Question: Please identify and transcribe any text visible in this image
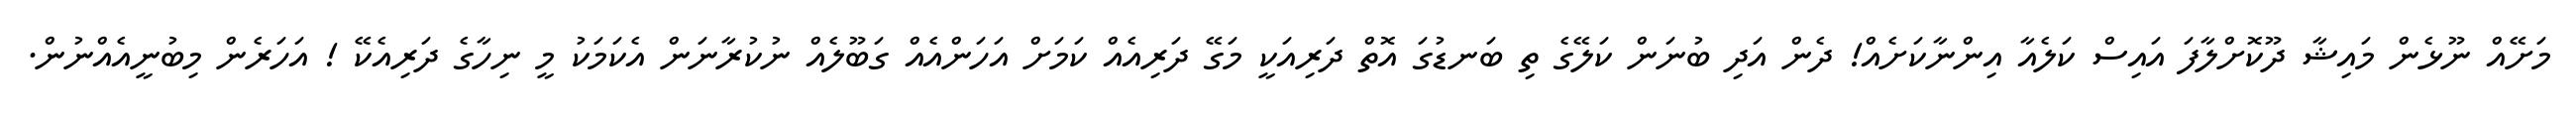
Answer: މަށޭއް ނޫޅެން މައިޝާ ދޫކޮށްލާފަ އައިސް ކަލެއާ އިންނާކަށެއް! ދެން އަދި ބުނަން ކަލޭގެ ތި ބަނޑުގަ އޮތް ދަރިއަކީ މަގޭ ދަރިއެއް ކަމަށް އަހަންއެއް ގަބޫލެއް ނުކުރާނަން އެކަމަކު މީ ނިހާގެ ދަރިއެކޭ ! އަހަރެން މިބުނީއެއްނުން.